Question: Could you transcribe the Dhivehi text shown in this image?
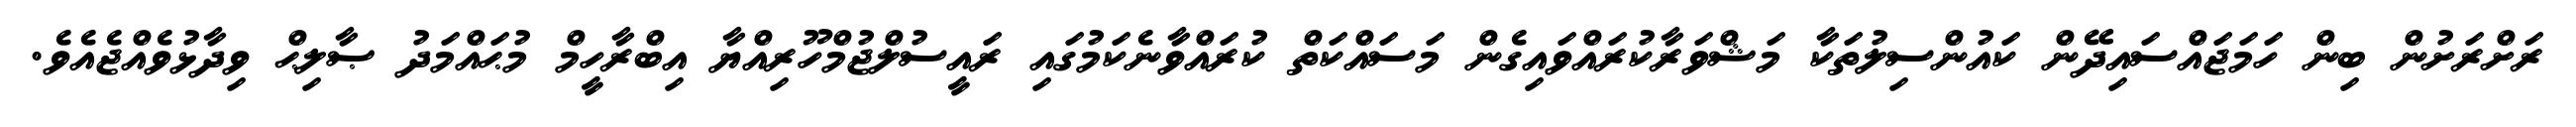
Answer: ރަށްރަށުން ބިން ހަމަޖައްސައިދޭން ކައުންސިލުތަކާ މަޝްވަރާކުރައްވައިގެން މަސައްކަތް ކުރައްވާނެކަމުގައި ރައީސުލްޖުމްހޫރިއްޔާ އިބްރާހީމް މުޙައްމަދު ޞާލިޙް ވިދާޅުވެއްޖެއެވެ.